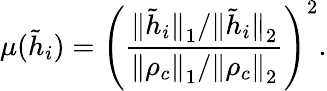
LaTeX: \mu(\tilde{h}_{i})=\left(\frac{{\| \tilde{h}_{i}\| }_{1}/{\| \tilde{h}_{i}\| }_{2}}{{\| \rho_{c}\| }_{1}/{\| \rho_{c}\| }_{2}}\right)^{2}.